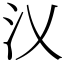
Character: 㲼